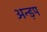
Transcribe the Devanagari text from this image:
अन्ड़प